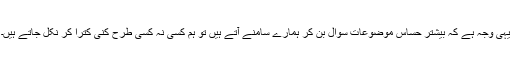
یہی وجہ ہے کہ بیشتر حساس موضوعات سوال بن کر ہمارے سامنے آتے ہیں تو ہم کسی نہ کسی طرح کنی کترا کر نکل جاتے ہیں۔